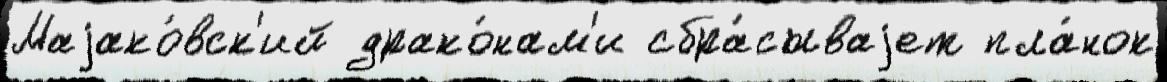
Маjако́вск'ий драко́нам'и сбра́сываjет пла́нок